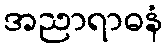
အညာရာဓနံ